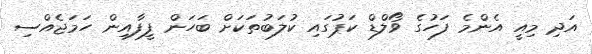
އަދި މިއީ އެންމެ ފަހުގެ ވޯލްޑް ކަޕުގައި ކުލަބުތަކަށް ބަހަން ފީފާއިން ހަމަޖެއްސި